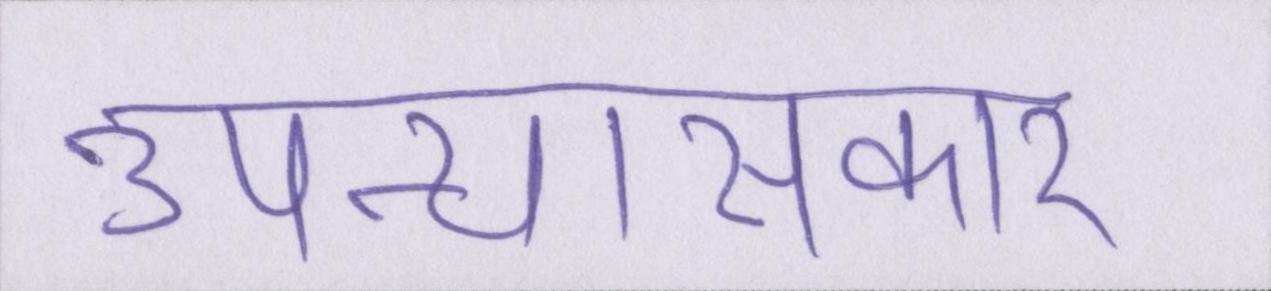
उपन्यासकार